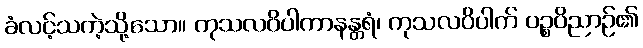
ခံလင့်သကဲ့သို့သော။ ကုသလဝိပါကာနန္တရံ၊ ကုသလဝိပါက် ပဉ္စဝိညာဉ်၏